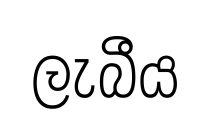
ලැබීය